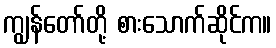
ကျွန်တော်တို့ စားသောက်ဆိုင်က။